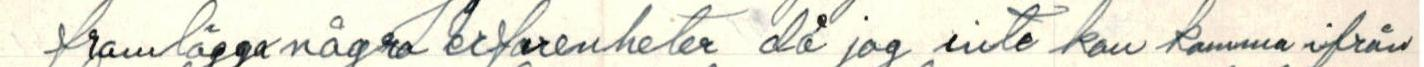
framlägga några Erfarenheter då jag inte kann komma ifrån